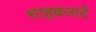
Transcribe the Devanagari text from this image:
शाहबजादे